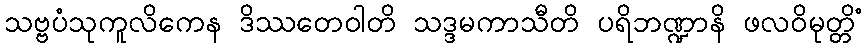
သဗ္ဗပံသုကူလိကေန ဒိဿတေဝါတိ သဒ္ဒမကာသီတိ ပရိဘဏ္ဍာနိ ဖလဝိမုတ္တိံ